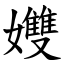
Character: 孇